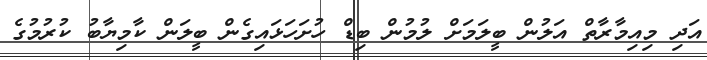
އަދި މިއިމާރާތް އަލުން ބީލަމަށް ލުމުން ބިޑް ހުށަހަޅައިގެން ބީލަން ކާމިޔާބު ކުރުމުގެ